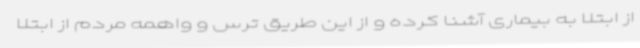
از ابتلا به بیماری آشنا کرده و از این طریق ترس و واهمه مردم از ابتلا